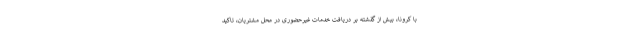
با کرونا، بیش از گذشته بر دریافت خدمات غیرحضوری در محل مشتریان، تاکید